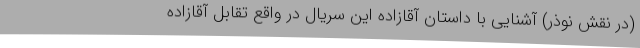
(در نقش نوذر) آشنایی با داستان آقازاده این سریال در واقع تقابل آقازاده